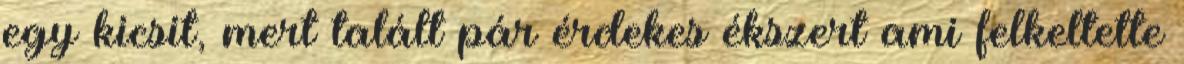
egy kicsit, mert talált pár érdekes ékszert ami felkeltette